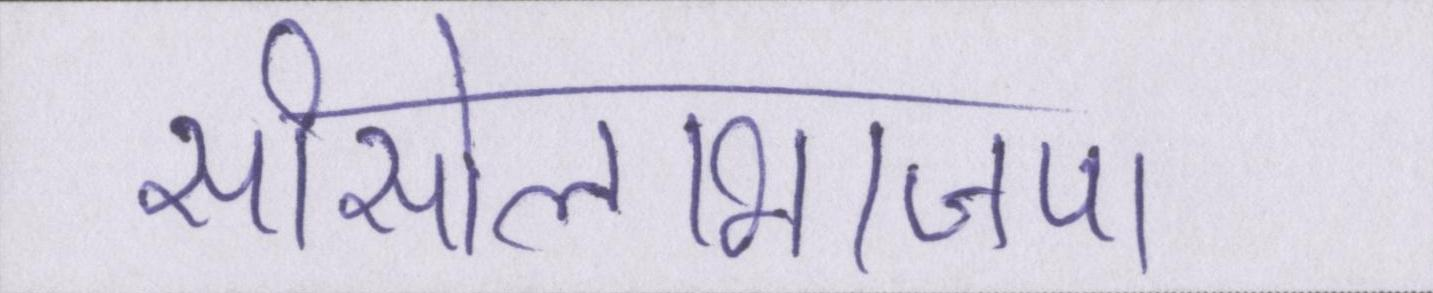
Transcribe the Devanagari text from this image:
सीसोलाभाजपा